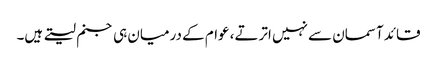
قائد آسمان سے نہیں اترتے، عوام کے درمیان ہی جنم لیتے ہیں۔